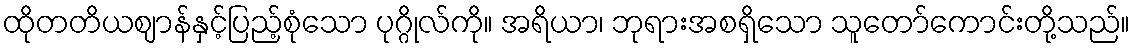
ထိုတတိယဈာန်နှင့်ပြည့်စုံသော ပုဂ္ဂိုလ်ကို။ အရိယာ၊ ဘုရားအစရှိသော သူတော်ကောင်းတို့သည်။